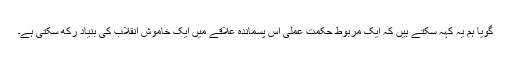
گویا ہم یہ کہہ سکتے ہیں کہ ایک مربوط حکمت عملی اس پسماندہ علاقے میں ایک خاموش انقلاب کی بنیاد رکھ سکتی ہے۔